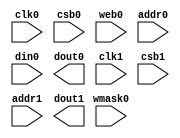
module sky130_sram_1kbyte_1rw1r_8x1024_8(
`ifdef USE_POWER_PINS
    vccd1,
    vssd1,
`endif
// Port 0: RW
    clk0,csb0,web0,wmask0,addr0,din0,dout0,
// Port 1: R
    clk1,csb1,addr1,dout1
  );

  parameter NUM_WMASKS = 1 ;
  parameter DATA_WIDTH = 8 ;
  parameter ADDR_WIDTH = 10 ;
  parameter RAM_DEPTH = 1 << ADDR_WIDTH;
  // FIXME: This delay is arbitrary.
  parameter DELAY = 3 ;
  parameter VERBOSE = 1 ; //Set to 0 to only display warnings
  parameter T_HOLD = 1 ; //Delay to hold dout value after posedge. Value is arbitrary

`ifdef USE_POWER_PINS
    inout vccd1;
    inout vssd1;
`endif
  input  clk0; // clock
  input   csb0; // active low chip select
  input  web0; // active low write control
  input [NUM_WMASKS-1:0]   wmask0; // write mask
  input [ADDR_WIDTH-1:0]  addr0;
  input [DATA_WIDTH-1:0]  din0;
  output [DATA_WIDTH-1:0] dout0;
  input  clk1; // clock
  input   csb1; // active low chip select
  input [ADDR_WIDTH-1:0]  addr1;
  output [DATA_WIDTH-1:0] dout1;

endmodule